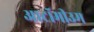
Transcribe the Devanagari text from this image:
आटॉमीउम